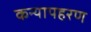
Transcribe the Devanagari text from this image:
कन्यापहरण